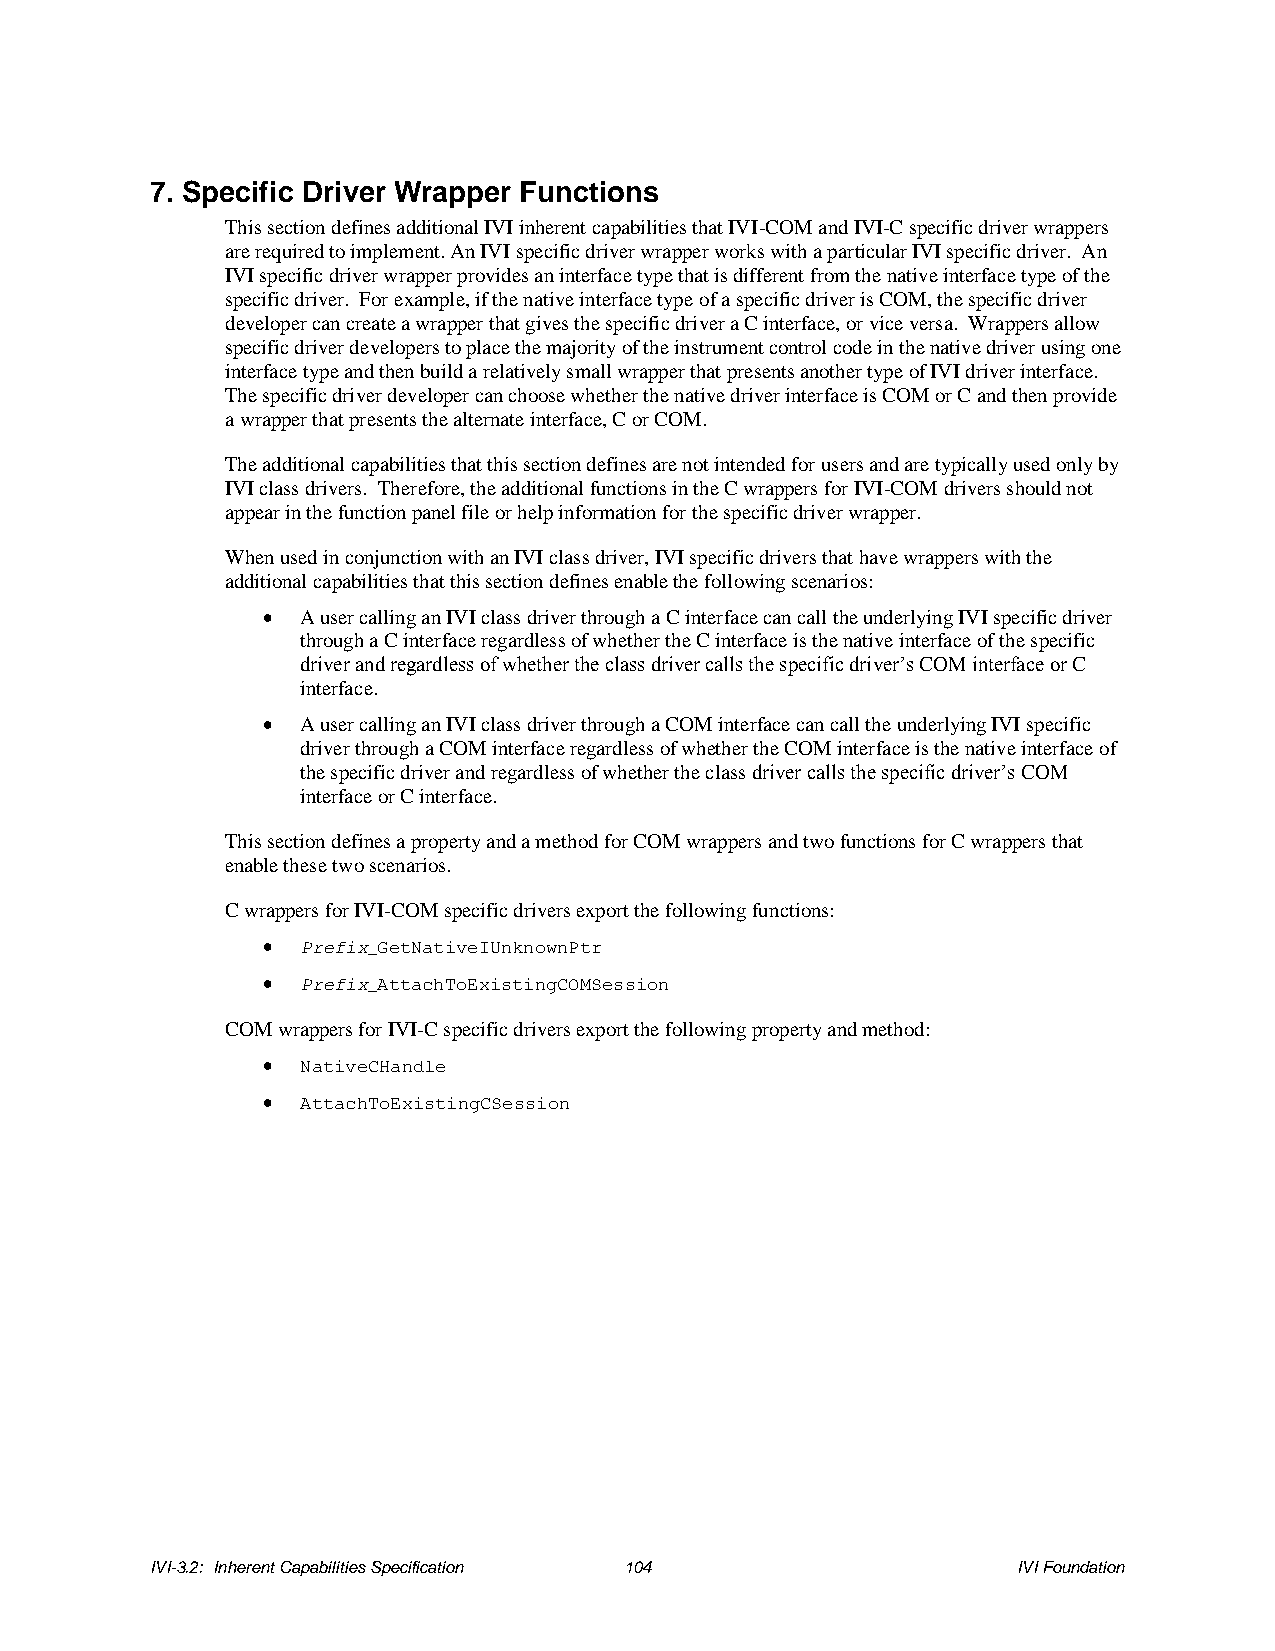
7. Specific Driver Wrapper Functions
 This section defines additional IVI inherent capabilities that IVI-COM and IVI-C specific driver wrappers
 are required to implement. An IVI specific driver wrapper works with a particular IVI specific driver. An
 IVI specific driver wrapper provides an interface type that is different from the native interface type of the
 specific driver. For example, if the native interface type of a specific driver is COM, the specific driver
 developer can create a wrapper that gives the specific driver a C interface, or vice versa. Wrappers allow
 specific driver developers to place the majority of the instrument control code in the native driver using one
 interface type and then build a relatively small wrapper that presents another type of IVI driver interface.
 The specific driver developer can choose whether the native driver interface is COM or C and then provide
 a wrapper that presents the alternate interface, C or COM.
 The additional capabilities that this section defines are not intended for users and are typically used only by
 IVI class drivers. Therefore, the additional functions in the C wrappers for IVI-COM drivers should not
 appear in the function panel file or help information for the specific driver wrapper.
 When used in conjunction with an IVI class driver, IVI specific drivers that have wrappers with the
 additional capabilities that this section defines enable the following scenarios:
 •  A user calling an IVI class driver through a C interface can call the underlying IVI specific driver
 through a C interface regardless of whether the C interface is the native interface of the specific
 driver and regardless of whether the class driver calls the specific driver’s COM interface or C
 interface.
 •  A user calling an IVI class driver through a COM interface can call the underlying IVI specific
 driver through a COM interface regardless of whether the COM interface is the native interface of
 the specific driver and regardless of whether the class driver calls the specific driver’s COM
 interface or C interface.
 This section defines a property and a method for COM wrappers and two functions for C wrappers that
 enable these two scenarios.
 C wrappers for IVI-COM specific drivers export the following functions:
 •  Prefix_GetNativeIUnknownPtr
 •  Prefix_AttachToExistingCOMSession
 COM wrappers for IVI-C specific drivers export the following property and method:
 •  NativeCHandle
 •  AttachToExistingCSession
 IVI-3.2: Inherent Capabilities Specification 104         IVI Foundation